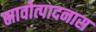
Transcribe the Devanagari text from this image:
स्रावोत्पादनास